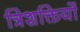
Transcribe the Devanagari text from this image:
त्रिशक्तियों